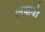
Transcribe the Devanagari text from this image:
लकवो